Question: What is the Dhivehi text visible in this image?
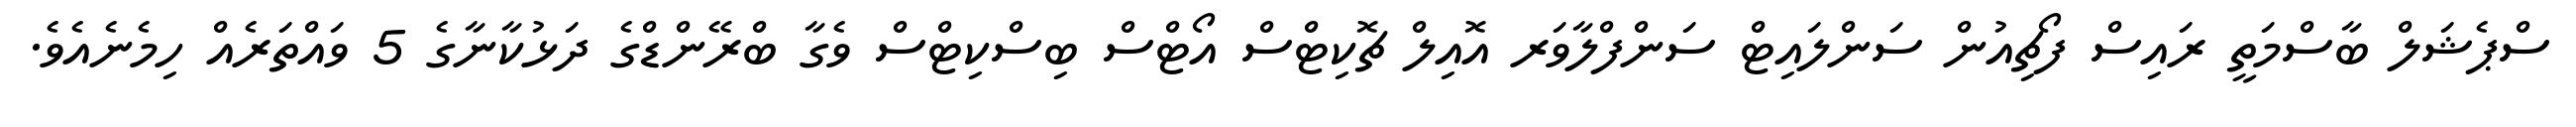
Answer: ސްޕެޝަލް ބާސްމަތީ ރައިސް ފޯޗިއުން ސަންލައިޓް ސަންފްލާވަރ އޮއިލް ޗޮކިޓްސް އޯޓްސް ބިސްކިޓްސް ވެގާ ބްރޭންޑްގެ ދަޅުކާނާގެ 5 ވައްތަރެއް ހިމެނެއެވެ.